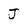
Character: j